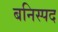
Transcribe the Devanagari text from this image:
बनिस्पद